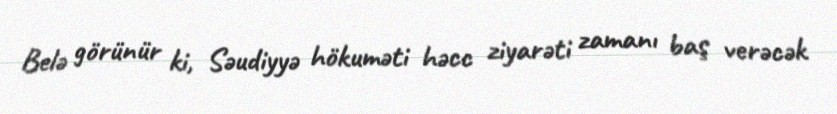
Belə görünür ki, Səudiyyə hökuməti həcc ziyarəti zamanı baş verəcək